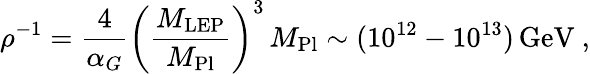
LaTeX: \rho^{-1}={\frac{4}{\alpha_{G}}}\left({\frac{M_{\mathrm{LEP}}}{M_{\mathrm{Pl}}}}\right)^{3}\, M_{\mathrm{Pl}}\sim(10^{12}-10^{13})\, \mathrm{GeV}\ ,